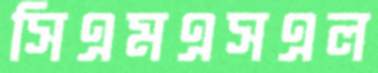
সিএমএসএল